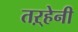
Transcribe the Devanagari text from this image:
तऱ्हेनी